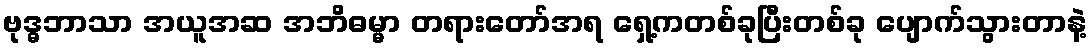
ဗုဒ္ဓဘာသာ အယူအဆ အဘိဓမ္မာ တရားတော်အရ ရှေ့ကတစ်ခုပြီးတစ်ခု ပျောက်သွားတာနဲ့